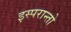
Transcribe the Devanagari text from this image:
इस्परान्तो